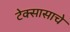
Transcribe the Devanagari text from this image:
टेक्सासाचे